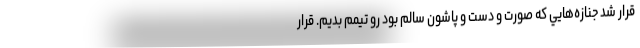
قرار شد جنازه‌هايي كه صورت و دست و پاشون سالم بود رو تيمم بديم. قرار